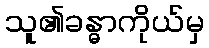
သူ၏ခန္ဓာကိုယ်မှ